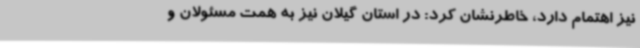
نیز اهتمام دارد، خاطرنشان کرد: در استان گیلان نیز به همت مسئولان و